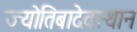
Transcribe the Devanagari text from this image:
ज्योतिबादेवस्थान